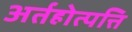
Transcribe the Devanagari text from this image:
अर्तहोत्पत्ति